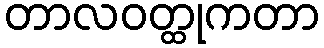
တာလဝတ္ထုကတာ